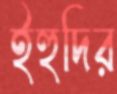
ইহুদির